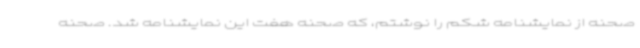
صحنه از نمایشنامه شکم را نوشتم، که صحنه هفت این نمایشنامه شد. صحنه